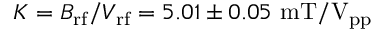
K = B _ { \mathrm { r f } } / V _ { \mathrm { r f } } = 5 . 0 1 \pm 0 . 0 5 ~ \mathrm { m T / V _ { p p } }